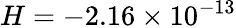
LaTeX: H=-2.16\times 10^{-13}